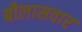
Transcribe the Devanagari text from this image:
बीलासवार